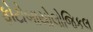
ફોટોબાયોલોજિકલ